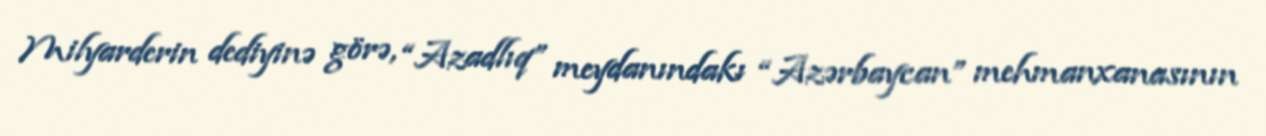
Milyarderin dediyinə görə, “Azadlıq” meydanındakı “Azərbaycan” mehmanxanasının